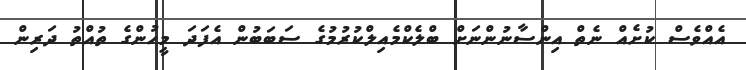
އެއްވެސް ކުށެއް ނެތް އިންސާނުންނަށް ބްލެކްމެއިލްކުރުމުގެ ސަބަބުން އެފަދަ މީހުންގެ ތުއްތު ދަރިން